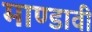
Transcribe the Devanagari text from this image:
माण्डावी